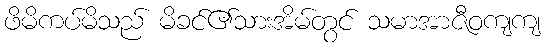
ဖိမိကပ်မိသည် မိခင်၏သားအိမ်တွင် သမာအာဇီဝကျကျ